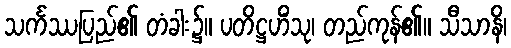
သင်္ကဿပြည်၏ တံခါး၌။ ပတိဋ္ဌဟိံသု၊ တည်ကုန်၏။ သီသာနိ၊